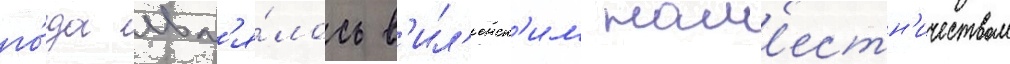
го́да явл'я́лось в'ил'енск'им нам'естн'ичеством